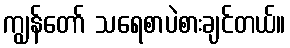
ကျွန်တော် သရေစာပဲစားချင်တယ်။